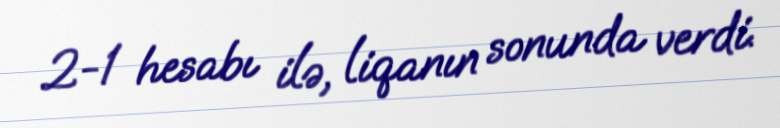
2-1 hesabı ilə, liqanın sonunda verdi.